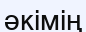
әкімің